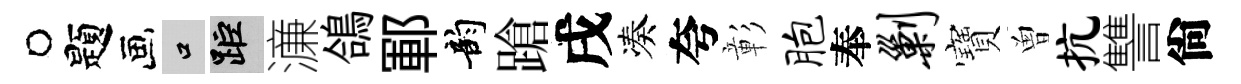
题口距濓鴿鄆韵蹌戌凑夸彰胞奉剿寶曽抗讐尙